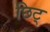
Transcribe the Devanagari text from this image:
छिट्